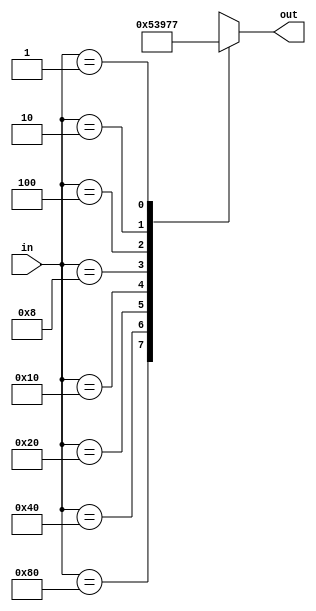
`timescale 1ns / 1ps

module encoder_8x3(
    input wire [7:0] in,
    output reg [0:2] out
    );
    always@(*)
    begin
    case(in)
    8'b10000000 : out = 3'b000;
    8'b01000000 : out = 3'b001;
    8'b00100000 : out = 3'b010;
    8'b00010000 : out = 3'b011;
    8'b00001000 : out = 3'b100;
    8'b00000100 : out = 3'b101;
    8'b00000010 : out = 3'b110;
    8'b00000001 : out = 3'b111;
    default     : out = 3'bxxx;
    endcase
    end
endmodule